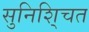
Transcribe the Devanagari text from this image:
सुनिशि्चत